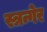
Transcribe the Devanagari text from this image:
स्त्रन्गेर